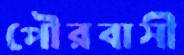
পৌরবাসী